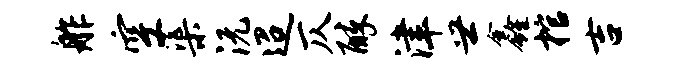
舴空渠沅迢仄醉津世鑫棺吉